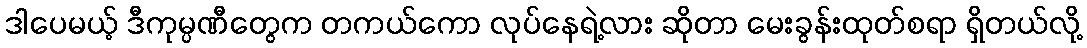
ဒါပေမယ့် ဒီကုမ္ပဏီတွေက တကယ်ကော လုပ်နေရဲ့လား ဆိုတာ မေးခွန်းထုတ်စရာ ရှိတယ်လို့